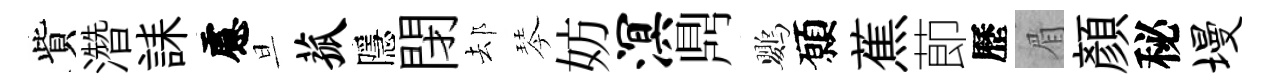
貲濳誄慮旦菰隱閉𨚫琴妨溟𪔂鸚願蕉莭歷眉顏秘墁